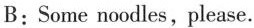
B:Some noodles,please.